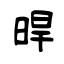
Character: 晘